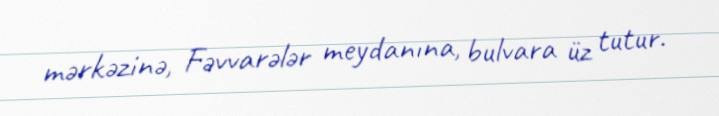
mərkəzinə, Fəvvarələr meydanına, bulvara üz tutur.